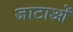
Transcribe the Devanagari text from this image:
जाटाओं